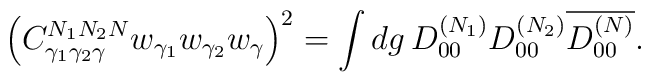
\nonumber \left( C^{N_1 N_2 N}_{\gamma_1\gamma_2\gamma} w_{\gamma_1} w_{\gamma_2} w_{\gamma} \right)^2 = \int dg\, D^{(N_1)}_{00} D^{(N_2)}_{00} \overline{D^{(N)}_{00}}.